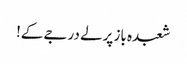
شعبدہ باز پرلے درجے کے!